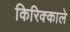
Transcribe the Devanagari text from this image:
किरिक्काले